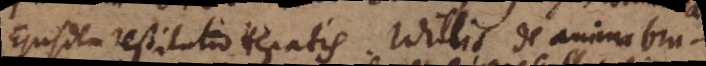
Ejusdem restitutio hepatis. Willis de anima bru